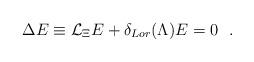
LaTeX: \begin{align*}\Delta E \equiv {\cal L}_{\Xi} E + \delta_{Lor}(\Lambda) E =0 \ \ .\end{align*}